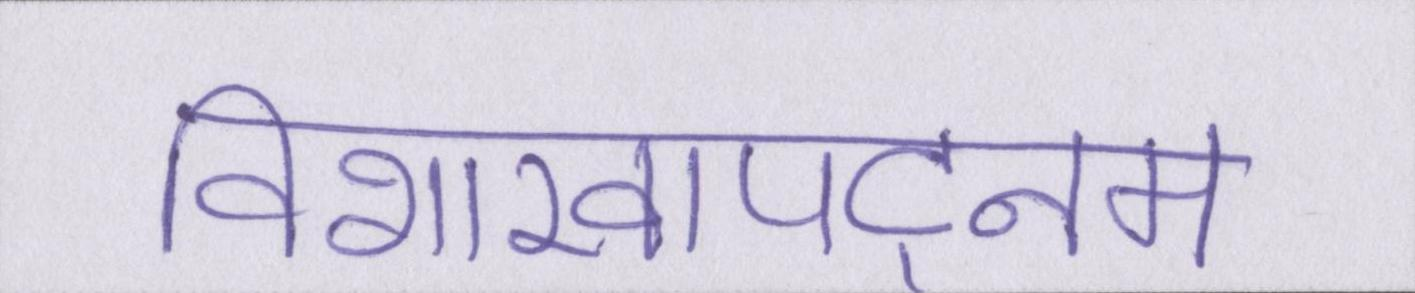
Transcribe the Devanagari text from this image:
विशाखापट्नम